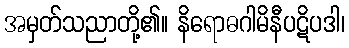
အမှတ်သညာတို့၏။ နိရောဓဂါမိနီပဋိပဒါ၊